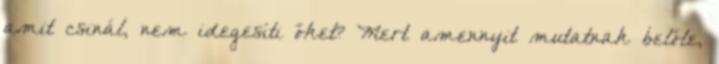
amit csinál, nem idegesíti őket? Mert amennyit mutatnak belőle,